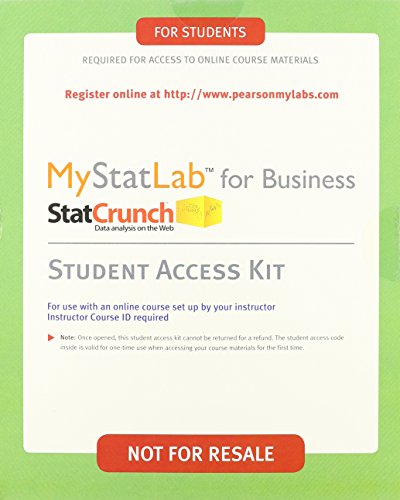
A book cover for Business Statistics, Student Value Edition Plus NEW MyStatLab with Pearson eText -- Access Card Package (9th Edition); David F. Groebner; Business & Money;